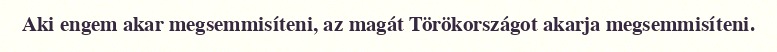
Aki engem akar megsemmisíteni, az magát Törökországot akarja megsemmisíteni.